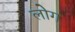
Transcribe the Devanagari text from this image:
लाेेग